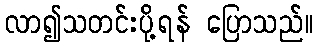
လာ၍သတင်းပို့ရန် ပြောသည်။